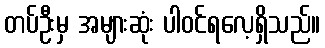
တပ်ဦးမှ အများဆုံး ပါဝင်ရလေ့ရှိသည်။